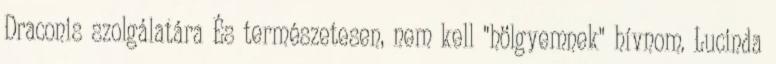
Draconis szolgálatára És természetesen, nem kell "hölgyemnek" hívnom. Lucinda